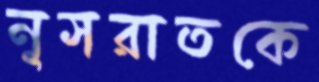
নূসরাতকে